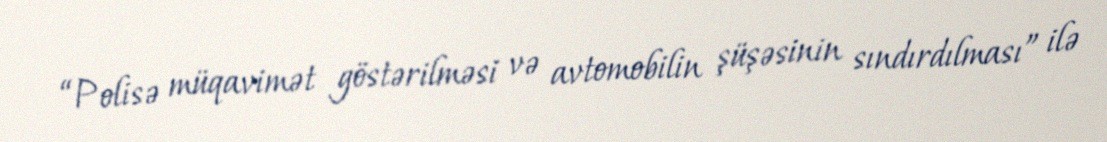
“Polisə müqavimət göstərilməsi və avtomobilin şüşəsinin sındırdılması” ilə